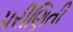
પરીણિતી